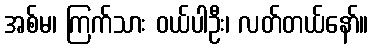
အစ်မ၊ ကြက်သား ဝယ်ပါဦး၊ လတ်တယ်နော်။